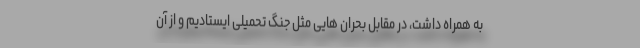
به همراه داشت، در مقابل بحران هایی مثل جنگ تحمیلی ایستادیم و از آن